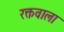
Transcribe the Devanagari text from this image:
रक्तवाला